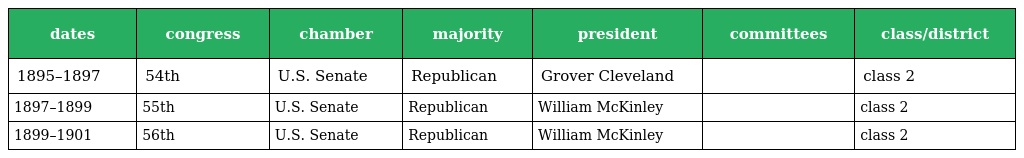
| dates | congress | chamber | majority | president | committees | class/district |
 | --- | --- | --- | --- | --- | --- | --- |
 | 1895–1897 | 54th | U.S. Senate | Republican | Grover Cleveland |  | class 2 |
 | 1897–1899 | 55th | U.S. Senate | Republican | William McKinley |  | class 2 |
 | 1899–1901 | 56th | U.S. Senate | Republican | William McKinley |  | class 2 |